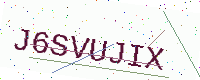
Text: J6SVUJIX